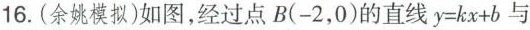
16. (余姚模拟)如图，经过点 B(-2，0)的直线$$y = k x + b$$ 与